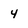
Character: 4